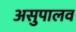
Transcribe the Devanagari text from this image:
असुपालव